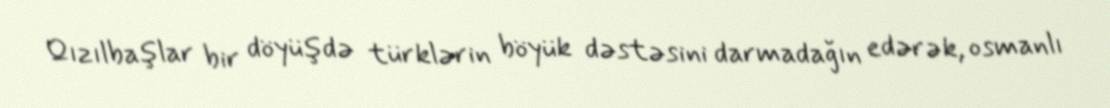
Qızılbaşlar bir döyüşdə türklərin böyük dəstəsini darmadağın edərək, osmanlı